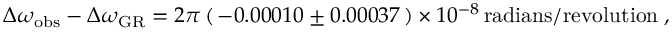
\Delta \omega _ { \mathrm { o b s } } - \Delta \omega _ { \mathrm { G R } } = 2 \pi \, ( \, - 0 . 0 0 0 1 0 \pm 0 . 0 0 0 3 7 \, ) \times 1 0 ^ { - 8 } \, \mathrm { r a d i a n s / r e v o l u t i o n } \; ,